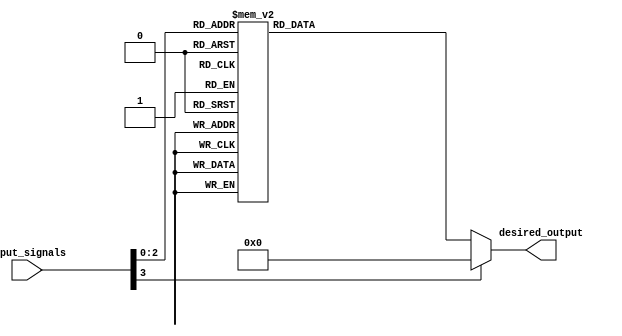
module generate_function(
    input [3:0] input_signals,
    output reg [7:0] desired_output
);

always @(*)
begin
    case(input_signals)
        4'b0000: desired_output = 8'b00000001;
        4'b0001: desired_output = 8'b00000010;
        4'b0010: desired_output = 8'b00000100;
        4'b0011: desired_output = 8'b00001000;
        4'b0100: desired_output = 8'b00010000;
        4'b0101: desired_output = 8'b00100000;
        4'b0110: desired_output = 8'b01000000;
        4'b0111: desired_output = 8'b10000000;
        default: desired_output = 8'b00000000;
    endcase
end

endmodule